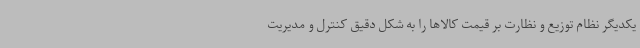
یکدیگر نظام توزیع و نظارت بر قیمت کالاها را به شکل دقیق کنترل و مدیریت